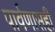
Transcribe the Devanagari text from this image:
पार्वणासही